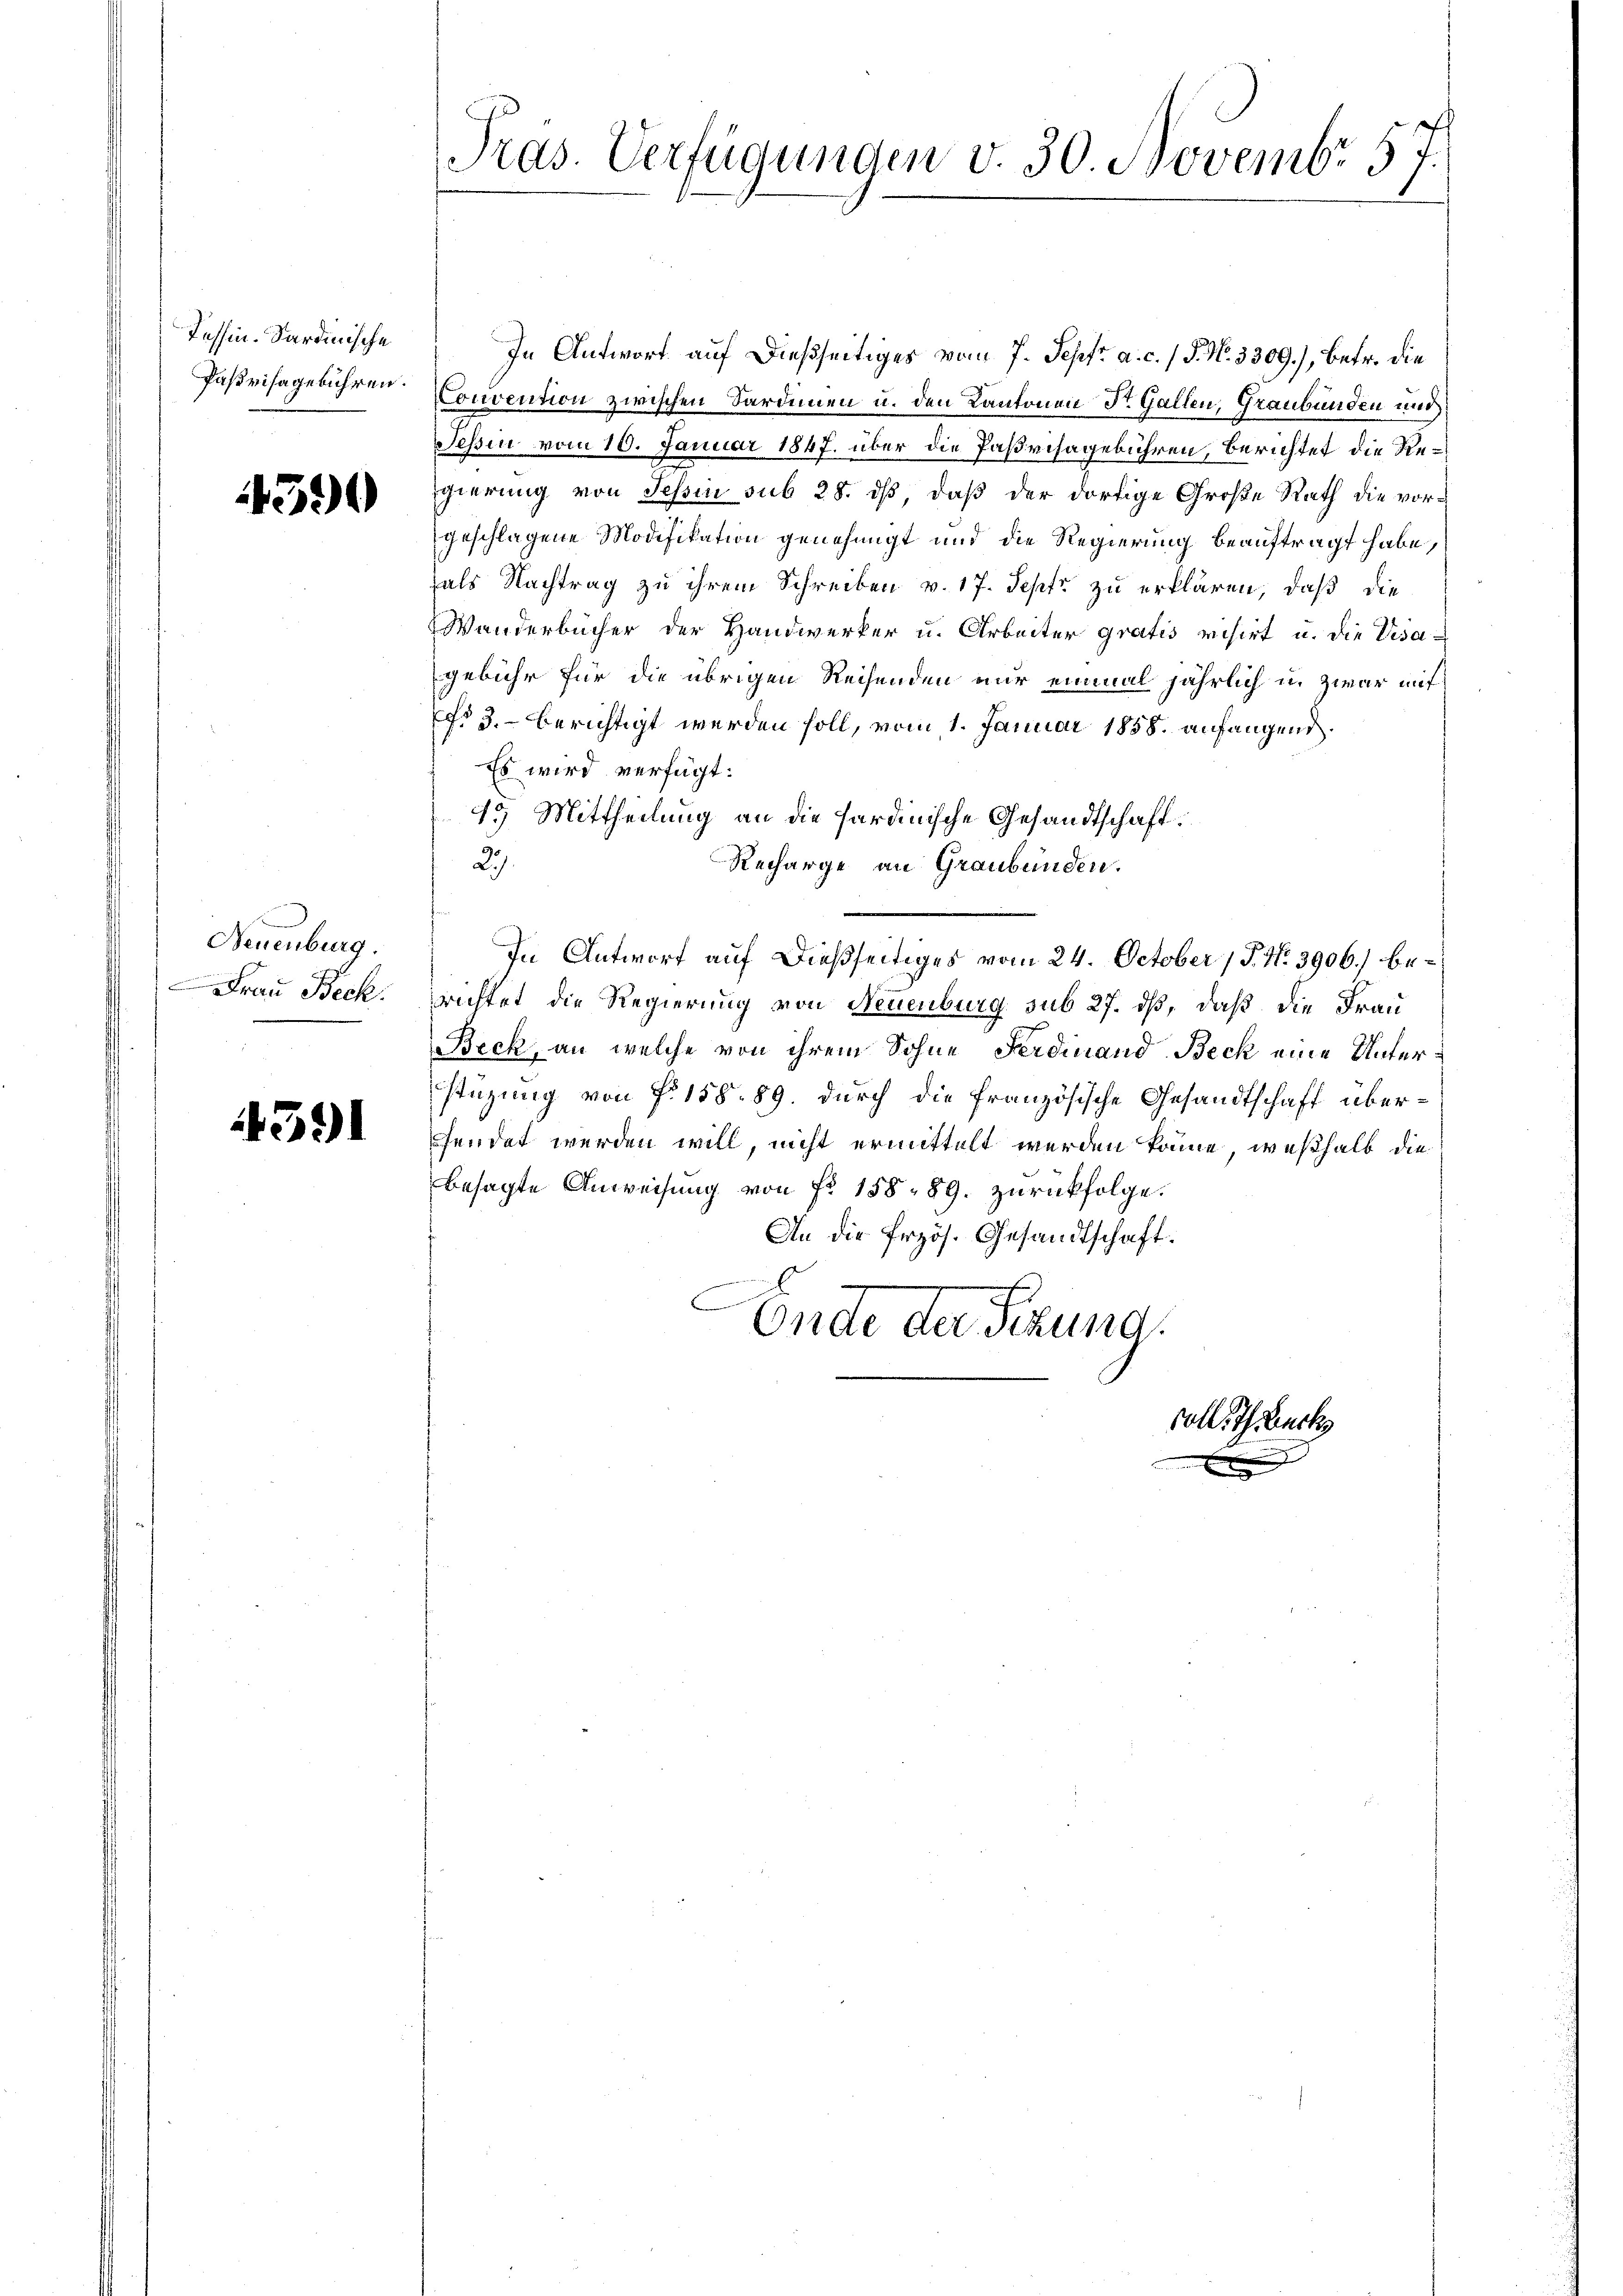
Tessin-Sardinische

4590

Neuenburg.
Frau Beck.

439

Pras. Verfügungen v. 30. Novembr 57.

In Antwort auf dießseitiges vom 7. Sept. a. c. / P. N. 3309), betr. die
Paßvisagebühren Convention zwischen Sardinien u. den Kantonen St. Gallen, Graubünden und
Tessin vom 10. Januar 1847. über die Paßvisagebühren, berichtet die Regierung von Tessin sub 28. dß, daß der dortige Große Rath die vorgeschlagene Modifikation genehmigt und die Regierung beauftragt habe,
hals Nachtrag zu ihrem Schreiben v. 17. Sept. zu erklären, daß die
Wanderbücher der Handwerker u. Arbeiter gratis visirt u. die Visagebühr für die übrigen Reisenden nur einmal jährlich u. zwar mit
No 3. berichtigt werden soll, vom 1. Januar 1858. anfangend.
Es wird verfügt:
19 Mittheilung an die hardinische Gesandtschaft.
27.
Recharge an Graubünden.
In Antwort auf dießseitiges vom 24. October (T. N. 3906) berichtet die Regierung von Neuenburg sub 27. dß, daß die Frau
Beck, an welche von ihrem Sohne Ferdinand Beck eine Unterstüzung von Fr. 158. 89. durch die französische Gesandtschaft überfendet werden will, nicht ermittelt werden könne, weßhalb die
besagte Anweisung von Fr. 188 - 89. zurückfolge.
An die Przös. Gesandtschaft.
Onde der Fizung
soll. I Zuck